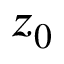
z _ { 0 }